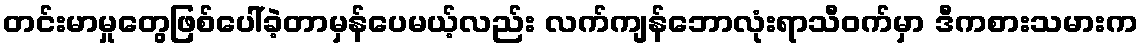
တင်းမာမှုတွေဖြစ်ပေါ်ခဲ့တာမှန်ပေမယ့်လည်း လက်ကျန်ဘောလုံးရာသီဝက်မှာ ဒီကစားသမားက